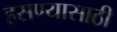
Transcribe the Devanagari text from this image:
हसण्यासाठी